Note on the mental hospitals in Burma - 1925-1940
Year: 1925
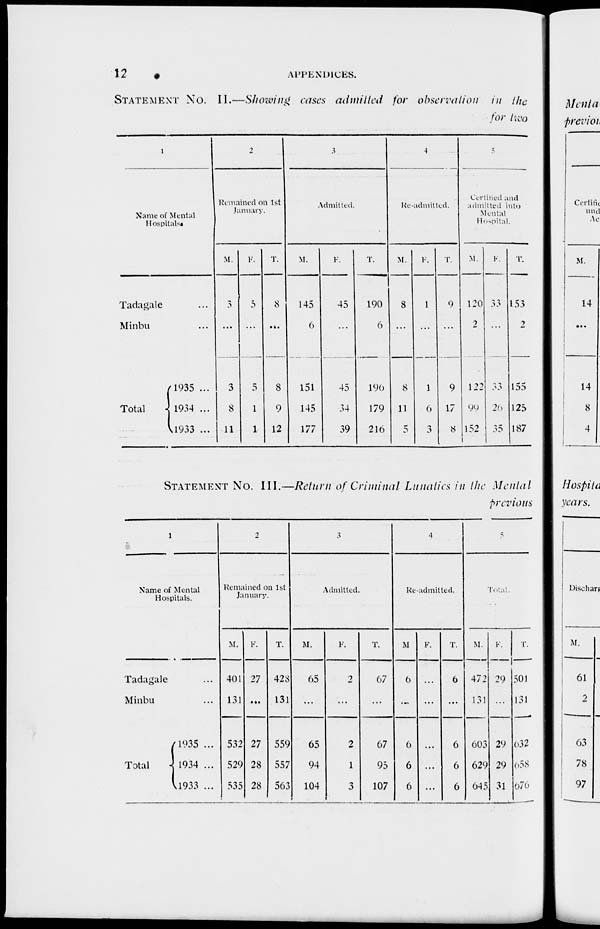
12
APPENDICES.
STATEMENT No. II.—Showing cases admitted for observation in the
for two
1
Name of Mental
Hospitals.
Tadagale ...
Minbu ...
Total
1935 ...
1934 ...
1933 ...
2
Remained on 1st
January.
M.
3
...
3
8
11
F.
5
...
5
1
1
T.
8
...
8
9
12
3
Admitted.
M.
145
6
151
145
177
F.
45
...
45
34
39
T.
190
6
196
179
216
4
Readmitted.
M.
8
...
8
11
5
F.
1
...
1
6
3
T.
9
...
9
17
8
5
Certined and
admitted into
Mental
Hospital.
M.
120
2
122
99
152
F.
33
...
33
26
35
T.
153
2
155
125
187
STATEMENT No. III.—Return of Criminal Lunatics in the Mental
previous
1
Name of Mental
Hospitals.
Tadagale ...
Minbu ...
Total
1935 ...
1934 ...
1933 ...
2
Remained on 1st
January.
M.
401
131
532
529
535
F.
27
...
27
28
28
T.
428
131
559
557
563
3
Admitted.
M.
65
...
65
94
104
F.
2
...
2
1
3
T.
67
...
67
95
107
4
Re-admitted.
M
6
...
6
6
6
F.
...
...
...
...
...
T.
6
...
6
6
6
5
Total.
M.
472
131
603
629
645
F.
29
...
29
29
31
T.
501
131
632
658
676